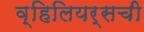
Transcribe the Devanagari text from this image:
व्हिलियर्सची